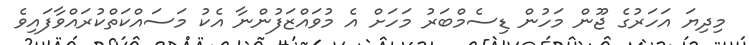
މިދިޔަ އަހަރުގެ ޖޫން މަހުން ޑިސެމްބަރު މަހަށް އެ މުވައްޒަފުންނާ އެކު މަސައްކަތްކުރައްވާފައިވެ